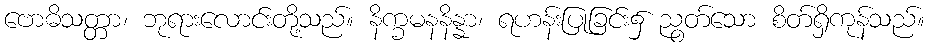
ဗောဓိသတ္တာ၊ ဘုရားလောင်းတို့သည်။ နိက္ခမနနိန္နာ၊ ရဟန်းပြုခြင်း၌ ညွတ်သော စိတ်ရှိကုန်သည်။